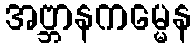
အဗ္ဘာနကမ္မေန